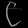
Digit: ၉